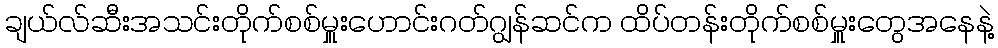
ချယ်လ်ဆီးအသင်းတိုက်စစ်မှူးဟောင်းဂတ်ဂျွန်ဆင်က ထိပ်တန်းတိုက်စစ်မှူးတွေအနေနဲ့